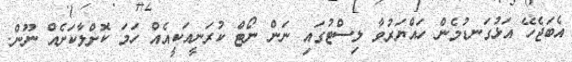
އެބަޖެހޭ އަޅުގަނޑުމެން ހައްޔަރުވާ ލިސްޓުގައި ނަން ނޯޓް ކުރަނީއަކީއެއް ހަމަ ކޮށްލާކަށެއް ނޫން.